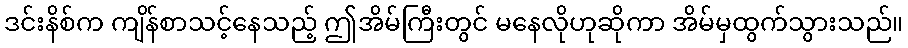
ဒင်းနိစ်က ကျိန်စာသင့်နေသည့် ဤအိမ်ကြီးတွင် မနေလိုဟုဆိုကာ အိမ်မှထွက်သွားသည်။